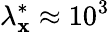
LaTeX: {\lambda}_{\mathbf{x}}^{*}\approx10^{3}